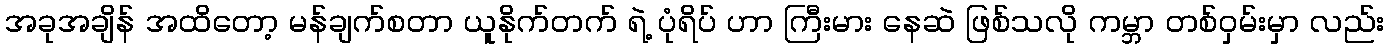
အခုအချိန် အထိတော့ မန်ချက်စတာ ယူနိုက်တက် ရဲ့ ပုံရိပ် ဟာ ကြီးမား နေဆဲ ဖြစ်သလို ကမ္ဘာ တစ်ဝှမ်းမှာ လည်း